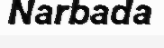
Narbada